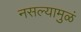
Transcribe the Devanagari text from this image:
नसल्यामुळं